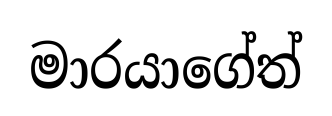
මාරයාගේත්